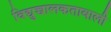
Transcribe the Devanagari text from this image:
विद्युच्चालकतावाली